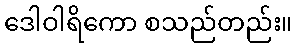
ဒေါဝါရိကော စသည်တည်း။